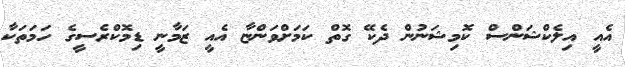
އެއީ އިލެކްޝަންސް ކޮމިޝަނުން ދެކޭ ގޮތް ކަމަށްވަންޏާ އެއީ ޒަމާނީ ޑިމޮކްރެސީގެ ހަމަތަކާ